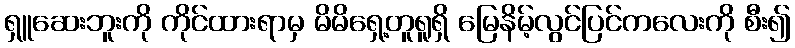
ရှူဆေးဘူးကို ကိုင်ထားရာမှ မိမိရှေ့တူရူရှိ မြေနိမ့်လွင်ပြင်ကလေးကို စီး၍